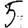
Digit: 5